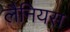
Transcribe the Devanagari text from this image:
लैनियस